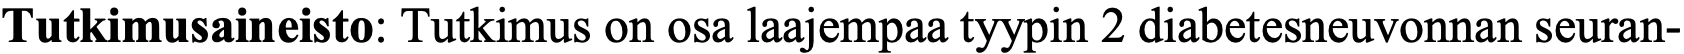
Tutkimusaineisto: Tutkimus on osa laajempaa tyypin 2 diabetesneuvonnan seuran-